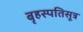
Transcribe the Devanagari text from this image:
बृहस्पतिसूत्र